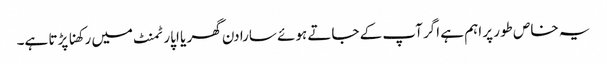
یہ خاص طور پر اہم ہے اگر آپ کے جاتے ہوئے سارا دن گھر یا اپارٹمنٹ میں رکھنا پڑتا ہے۔